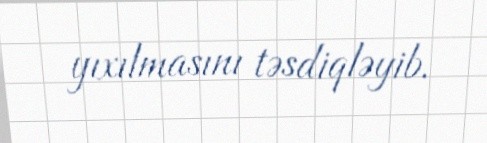
yıxılmasını təsdiqləyib.